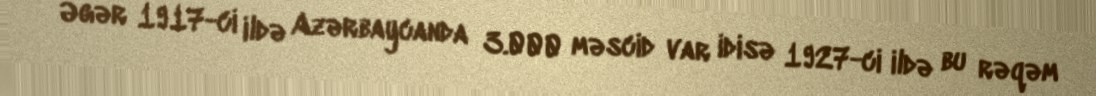
Əgər 1917-ci ildə Azərbaycanda 3.000 məscid var idisə 1927-ci ildə bu rəqəm